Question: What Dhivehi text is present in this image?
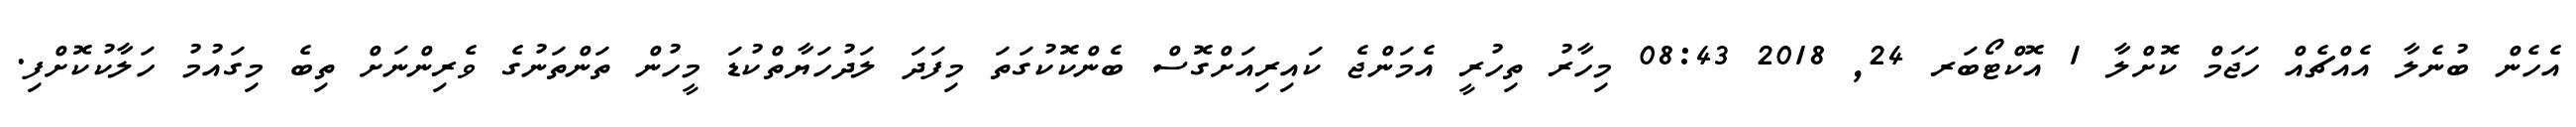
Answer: އެހެން ބުނެލާ އެއްޗެއް ހަޖަމް ކޮށްލާ 1 އޮކްޓޯބަރ 24, 2018 08:43 މިހާރު ތިހުރީ އެމަންޖެ ކައިރިއަށްގޮސް ބެންކޮކުގަތަ މިފަދަ ލަދުހަޔާތްކުޑަ މީހުން ތަންތަނުގެ ވެރިންނަށް ތިބެ މިގައުމު ހަލާކުކޮށްފި.